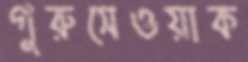
গুরুসেওয়াক